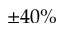
\pm 4 0 \%